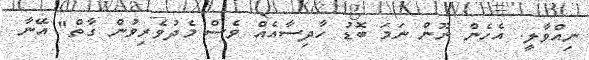
ނިއްވާލީ. އެހެން ނޫން ނަމަ ބޮޑު ހާދިސާއެއް ވެސް މެދުވެރިވުން ގާތް" އޭނާ